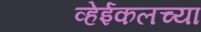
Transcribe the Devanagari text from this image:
व्हेईकलच्या